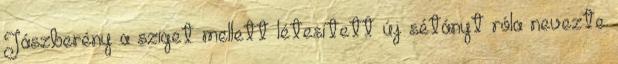
Jászberény a sziget mellett létesített új sétányt róla nevezte